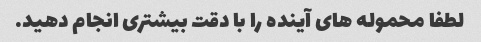
لطفا محموله های آینده را با دقت بیشتری انجام دهید.